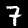
Digit: 7